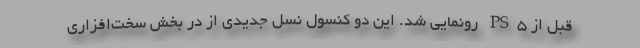
قبل از PS5 رونمایی شد. این دو کنسول نسل جدیدی از در بخش سخت‌افزاری